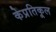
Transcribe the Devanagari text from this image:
केप्रतिकूल